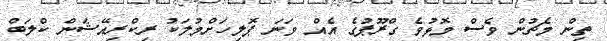
ތިން މެޗުން ވެސް މޮޅުވެ ގްރޫޕުގެ އެއް ވަނަ ޕޮލިހަށްމުލަކު ރިކްރިއޭޝަން ކްލަބް